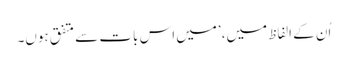
اُن کے الفاظ میں، ’میں اس بات سے متفق ہوں۔